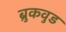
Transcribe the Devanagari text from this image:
ब्रुकवुड